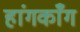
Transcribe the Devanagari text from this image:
हांगकाँग